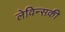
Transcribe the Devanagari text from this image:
लेविन्सकी